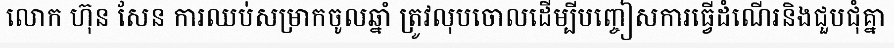
លោក ហ៊ុន សែន ការឈប់សម្រាកចូលឆ្នាំ ត្រូវលុបចោលដើម្បីបញ្ចៀសការធ្វើដំណើរនិងជួបជុំគ្នា